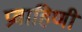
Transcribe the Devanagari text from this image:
प्रवाहिणी